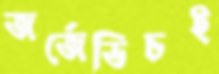
জর্জেভিচই